Vaccination in the Punjab 1867-1880 - 1867-1880
Year: 1867
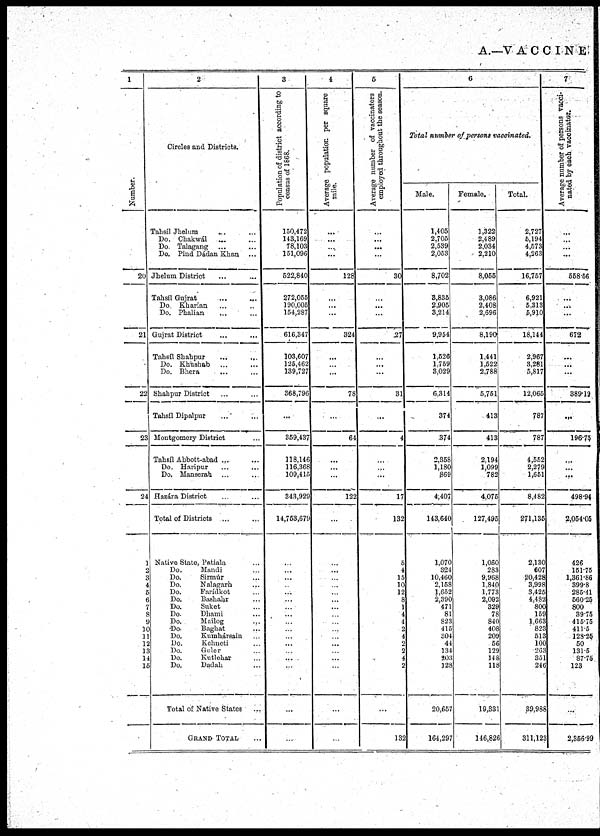
A.—VACCINE
1
Number.
20
21
22
23
24
1
2
3
4
5
6
7
8
9
10
11
12
13
14
15
2
Circles and Districts.
Tahsíl Jhelum ... ...
Do. Chakwál
... ...
Do.Talagang ... ...
Do. Pind Dádan Khan ...
Jhelum District ...
Tahsít Gajrat ... ...
Do.Kharian ... ...
Do. Phalian ... ...
Gujrat District ...
Tahsíl Shahpur ... ...
Do. Khúshab ... ...
Do. Bhera
... ...
Shahpur District ...
Tahsíl Dipalpur ... ...
Montgomery District ...
Tahsíl Abbott-abad ... ...
Do. Haripur ... ...
Do. Manserah ... ...
Hazára District ...
Total of Districts ...
Native State, patiala ...
Do.
Mandi ...
Do.
Sirmúr ...
Do.
Nalagarh ...
Do.
Farídkot ...
Do.
Bashahr ...
Do.
Suket ...
Do.
Dhami ...
Do.
Mailog
...
Do.
Baghat ...
Do.
Kumhársain ...
Do.
Kehneti ...
Do.
Guler ...
Do.
Kutlehur ...
Do.
Dadah ...
Total of Native States ...
GRAND TOTAL ...
3
Population of district according to
census of 1868.
150,472
143,169
78,103
151,096
522,840
272,055
190,005
154,287
616,347
103,607
125,462
139,727
368,796
...
359,437
118,146
116,368
109,415
343,929
14,753,679
...
...
...
...
...
...
...
...
...
...
...
...
...
...
...
...
...
4
Average population per square
mile.
...
...
...
...
128
...
...
...
324
...
...
...
78
...
64
...
...
...
122
...
...
...
...
...
...
...
...
...
...
...
...
...
...
...
...
...
...
5
Average number of vaccinators
employed throughout the season.
...
...
...
...
30
...
...
...
27
...
...
...
31
...
4
...
...
...
17
132
5
4
15
10
12
8
1
4
4
2
4
2
2
4
2
...
132
6
Total number of persons vaccinated.
Male.
1,405
2,705
2,539
2,053
8,702
8,835
2,905
3,214
9,954
1,526
1,759
3,029
6,314
374
374
2,358
1,180
869
4,407
143,640
1,070
324
10,460
2,158
1,652
2,390
471
81
823
415
304
44
134
203
128
20,657
164,297
Female.
1,322
2,489
2,034
2,210
8,055
3,086
2,408
2,696
8,190
1,441
1,522
2,788
5,751
413
413
2,194
1,099
782
4,075
127,495
1,060
283
9,968
1,840
1,773
2,092
329
78
840
408
209
56
129
148
118
19,331
146,826
Total.
2,727
5,194
4,573
4,263
16,767
6,921
5,313
5,910
18,144
2,967
3,281
5,817
12,065
787
787
4,552
2,279
1,651
8,482
271,135
2,130
607
20,428
3,998
3,425
4,482
800
159
1,663
823
513
100
263
351
246
89,988
311,123
7
Average number of persona vacci-
nated by each vaccinator.
...
...
...
...
558.56
...
...
...
672
...
...
...
389.19
...
196.75
...
...
...
498.94
2,054.05
426
151.75
1,361.86
399.8
285.41
560.25
800
39.75
415.75
411.5
128.25
50
131.5
87.75
123
...
2,356.99